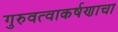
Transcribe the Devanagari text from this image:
गुरुवत्वाकर्षणाचा